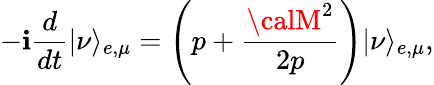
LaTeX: -\mathbf{i}{\frac{{d}}{{dt}}}|\nu\rangle_{e,\mu}=\left(p+{\frac{{{\calM}^{2}}}{{2p}}}\right)|\nu\rangle_{e,\mu},